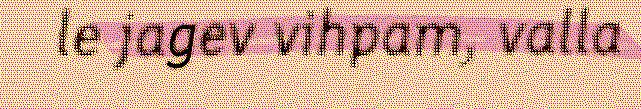
le jagev vihpam, valla